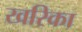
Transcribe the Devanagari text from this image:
खरिका